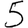
Digit: 5